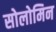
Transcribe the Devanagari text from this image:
सोलोमिन